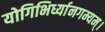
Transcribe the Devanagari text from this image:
योगिभिर्ध्यानगम्यम्।